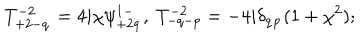
T _ { + 2 - \dot { q } } ^ { - 2 } = 4 i \chi \psi _ { + 2 \dot { q } } ^ { 1 - } , \ T _ { - q - p } ^ { - 2 } = - 4 i \delta _ { \dot { q } \dot { p } } ( 1 + \chi ^ { 2 } ) ;